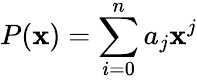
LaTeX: P(\mathbf{x})=\sum\limits_{i=0}^{n}a_{j}\mathbf{x}^{j}